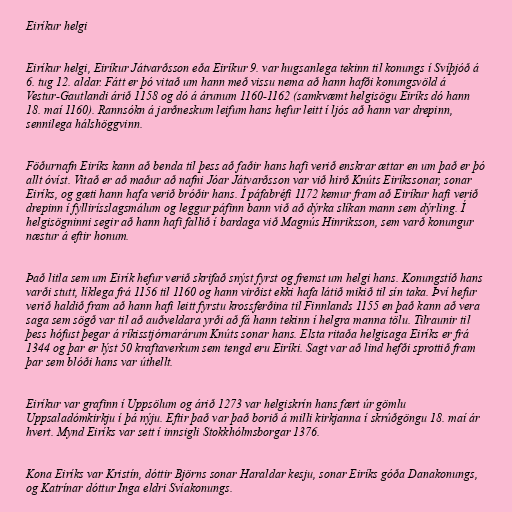
Eiríkur helgi

Eiríkur helgi, Eiríkur Játvarðsson eða Eiríkur 9. var hugsanlega tekinn til konungs í Svíþjóð á
6. tug 12. aldar. Fátt er þó vitað um hann með vissu nema að hann hafði konungsvöld á
Vestur-Gautlandi árið 1158 og dó á árunum 1160-1162 (samkvæmt helgisögu Eiríks dó hann
18. maí 1160). Rannsókn á jarðneskum leifum hans hefur leitt í ljós að hann var drepinn,
sennilega hálshöggvinn.

Föðurnafn Eiríks kann að benda til þess að faðir hans hafi verið enskrar ættar en um það er þó
allt óvíst. Vitað er að maður að nafni Jóar Játvarðsson var við hirð Knúts Eiríkssonar, sonar
Eiríks, og gæti hann hafa verið bróðir hans. Í páfabréfi 1172 kemur fram að Eiríkur hafi verið
drepinn í fyllirísslagsmálum og leggur páfinn bann við að dýrka slíkan mann sem dýrling. Í
helgisögninni segir að hann hafi fallið í bardaga við Magnús Hinriksson, sem varð konungur
næstur á eftir honum.

Það litla sem um Eirík hefur verið skrifað snýst fyrst og fremst um helgi hans. Konungstíð hans
varði stutt, líklega frá 1156 til 1160 og hann virðist ekki hafa látið mikið til sín taka. Því hefur
verið haldið fram að hann hafi leitt fyrstu krossferðina til Finnlands 1155 en það kann að vera
saga sem sögð var til að auðveldara yrði að fá hann tekinn í helgra manna tölu. Tilraunir til
þess hófust þegar á ríkisstjórnarárum Knúts sonar hans. Elsta ritaða helgisaga Eiríks er frá
1344 og þar er lýst 50 kraftaverkum sem tengd eru Eiríki. Sagt var að lind hefði sprottið fram
þar sem blóði hans var úthellt.

Eiríkur var grafinn í Uppsölum og árið 1273 var helgiskrín hans fært úr gömlu
Uppsaladómkirkju í þá nýju. Eftir það var það borið á milli kirkjanna í skrúðgöngu 18. maí ár
hvert. Mynd Eiríks var sett í innsigli Stokkhólmsborgar 1376.

Kona Eiríks var Kristín, dóttir Björns sonar Haraldar kesju, sonar Eiríks góða Danakonungs,
og Katrínar dóttur Inga eldri Svíakonungs.